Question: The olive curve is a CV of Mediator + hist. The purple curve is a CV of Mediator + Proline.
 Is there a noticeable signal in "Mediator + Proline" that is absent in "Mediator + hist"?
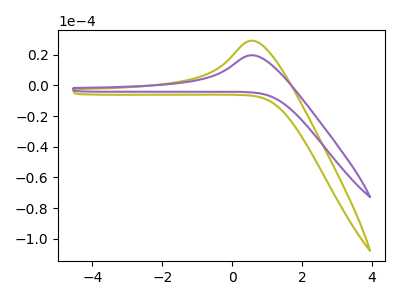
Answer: <think>The olive curve "Mediator + hist" has an anodic peak at: (0.60V, 29.25uA). The purple curve "Mediator + Proline" has an anodic peak at: (0.60V, 19.75uA).
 All the peaks in "Mediator + Proline" have a peak in "Mediator + hist" at the same potential. Every peak in "Mediator + Proline" is lower than every peak in "Mediator + hist".</think>
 <answer>No, "Mediator + Proline" and "Mediator + hist" don't appear to be significantly different in shape</answer>
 <eval>no_change</eval>